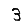
Digit: 3